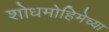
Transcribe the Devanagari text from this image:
शोधमोहिमेच्या